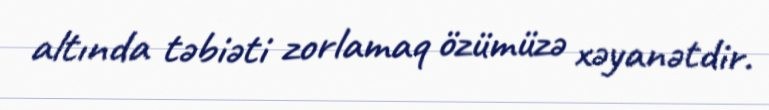
altında təbiəti zorlamaq özümüzə xəyanətdir.